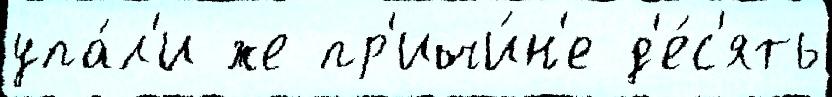
упа́л'и же пр'ичи́н'е д'е́с'ять